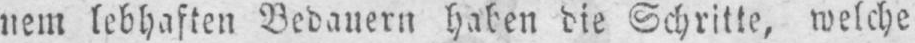
nem lebhaften Bedauern haben die Schritte, welche